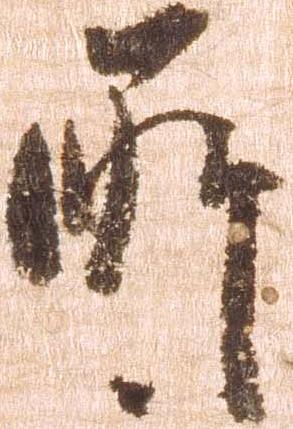
所